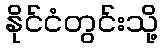
နိုင်ငံတွင်းသို့